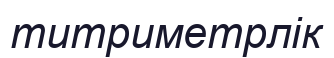
титриметрлік